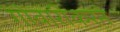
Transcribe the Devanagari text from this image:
गोवारीकरने